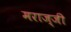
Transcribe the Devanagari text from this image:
मराज्जी